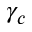
\gamma _ { c }